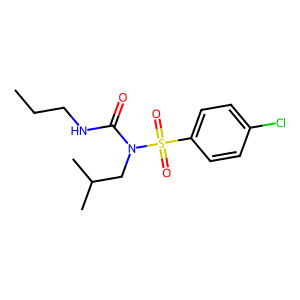
SMILES: CCCNC(=O)N(CC(C)C)S(=O)(=O)c1ccc(Cl)cc1
Inhibits HIV replication: No